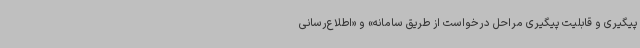
پیگیری و قابلیت پیگیری مراحل درخواست از طریق سامانه» و «اطلاع‌رسانی